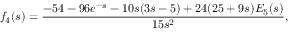
f _ { 4 } ( s ) = \frac { - 5 4 - 9 6 e ^ { - s } - 1 0 s ( 3 s - 5 ) + 2 4 ( 2 5 + 9 s ) { \cal E } _ { 5 } ( s ) } { 1 5 s ^ { 2 } } ,